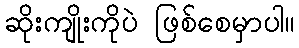
ဆိုးကျိုးကိုပဲ ဖြစ်စေမှာပါ။